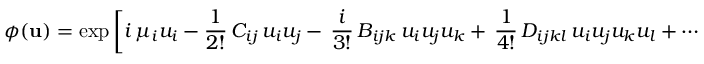
\phi ( { \bf u } ) = \exp \left[ i \, \mu _ { i } u _ { i } - { \frac { 1 } { 2 ! } } \, C _ { i j } \, u _ { i } u _ { j } - \, { \frac { i } { 3 ! } } \, B _ { i j k } \, u _ { i } u _ { j } u _ { k } + \, { \frac { 1 } { 4 ! } } \, D _ { i j k l } \, u _ { i } u _ { j } u _ { k } u _ { l } + \dots + \, { \frac { i ^ { n } } { n ! } } \, A _ { i _ { 1 } \dots i _ { n } } \, u _ { i _ { 1 } } \dots u _ { i _ { n } } \right] \, ,